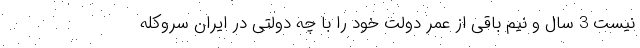
نیست 3 سال و نیم باقی از عمر دولت خود را با چه دولتی در ایران سروکله